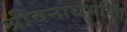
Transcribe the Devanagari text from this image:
श्रीवनाथभक्ति